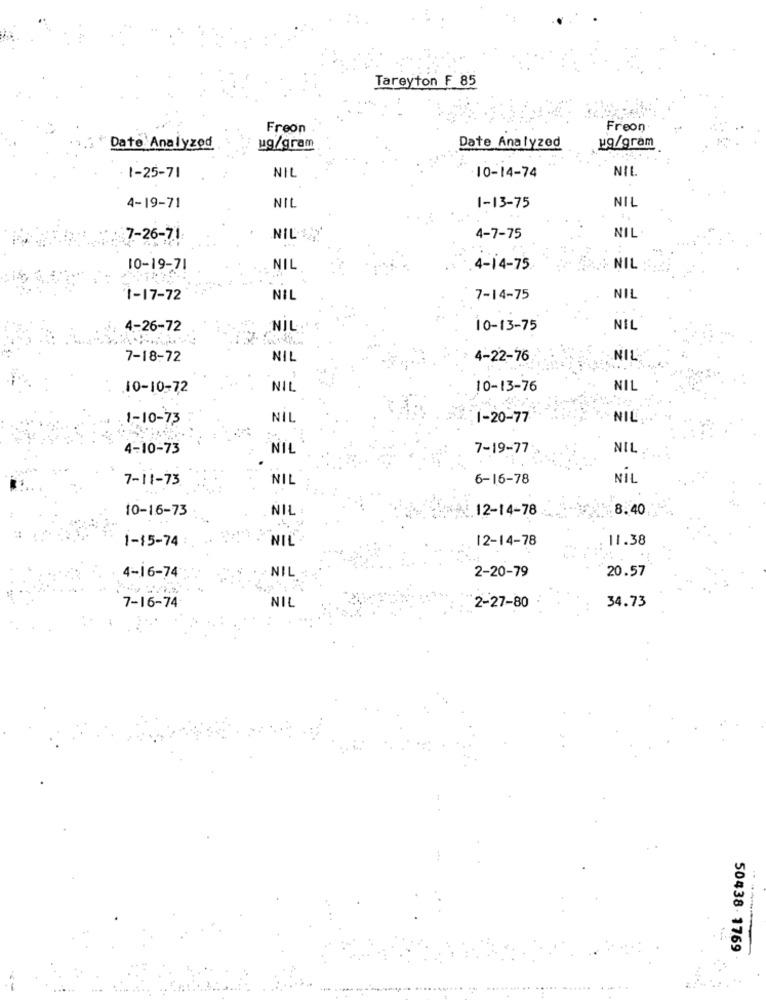
Tareyton F 85
Freon
Freon.
Date: Analyzed
ug/gram
Date Analyzed
pg/gram
NIL
1-25-71
NIL
10-14-74
4-19-71
NIL
1-13-75
NIL
7-26-71
NIL
4-7-75
NIL
10-19-71
NIL
4-14-75
NIL
1-17-72
NIL
7-14-75
NIL
4-26-72
NIL.'
10-13-75
NIL
7-18-72
NIL
4-22-76
NIL
10-10-72
NIL
10-13-76
NIL
1-10-73
NİL
1-20-77
NIL
4-10-73
NIL
7-19-77
NIL
7-11-73
6-16-78
NIL
NIL
10-16-73
NIL
12-14-78
8.40
1-15-74
12-14-78
11.38
NIL
4-16-74
2-20-79
20.57
NIL
34.73
7-16-74
NIL
2-27-80
50438 1769